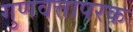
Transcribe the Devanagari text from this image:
गुणवत्तापरक